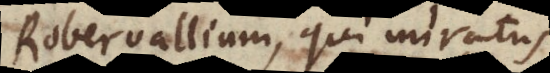
Robervallium, qui miratus